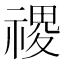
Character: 禝